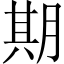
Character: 期